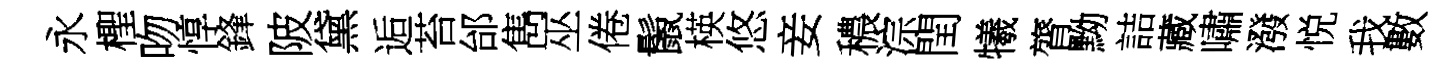
永檉吻惇鋒陂黛逅苔邰雋巫倦鬛楧悠妾穠淙閏犧膂黝詰藏嘯潑悦我數